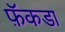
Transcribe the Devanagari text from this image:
फ़ॅकडा